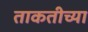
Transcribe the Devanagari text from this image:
ताकतीच्या